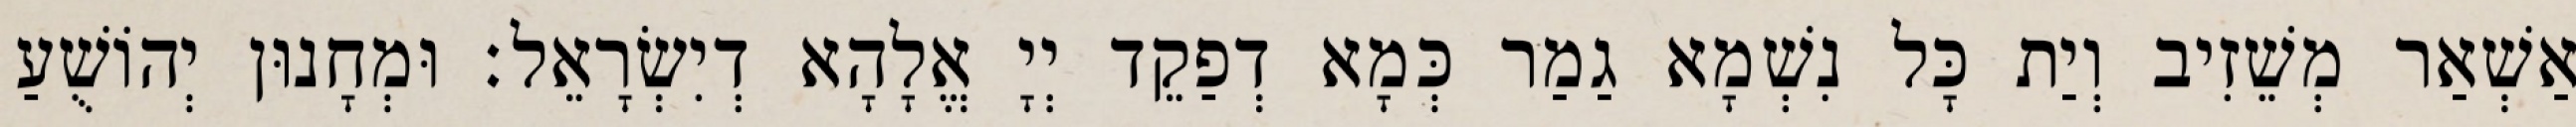
אַשְׁאַר מְשֵׁזִיב וְיַת כָּל נִשְׁמָא גַמַר כְּמָא דְפַקֵד יְיָ אֱלָהָא דְיִשְׂרָאֵל׃ וּמְחָנוּן יְהוֹשֻׁעַ